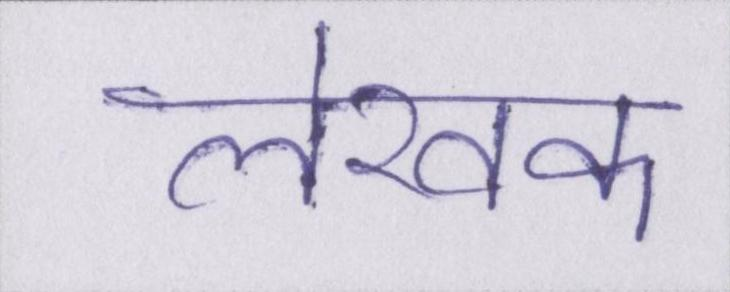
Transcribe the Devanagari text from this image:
लेखक